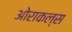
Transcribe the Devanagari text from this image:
ओराकल्स